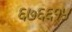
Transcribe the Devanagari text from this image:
६७६६१५